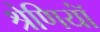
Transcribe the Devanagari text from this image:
श्रेणियॉं